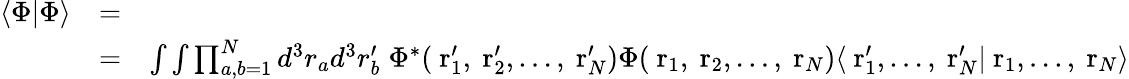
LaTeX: \begin{array}{rlr}{\langle\Phi|\Phi\rangle}&{=}&\\ &{=}&{\int\int\prod_{a,b=1}^{N}d^{3}r_{a}d^{3}r_{b}^{\prime}\; \Phi^{*}(\mathrm{\mathbf~r}_{1}^{\prime},\mathrm{\mathbf~r}_{2}^{\prime},\dots,\mathrm{\mathbf~r}_{N}^{\prime})\Phi(\mathrm{\mathbf~r}_{1},\mathrm{\mathbf~r}_{2},\dots,\mathrm{\mathbf~r}_{N})\langle\mathrm{\mathbf~r}_{1}^{\prime},\dots,\mathrm{\mathbf~r}_{N}^{\prime}|\mathrm{\mathbf~r}_{1},\dots,\mathrm{\mathbf~r}_{N}\rangle}\end{array}